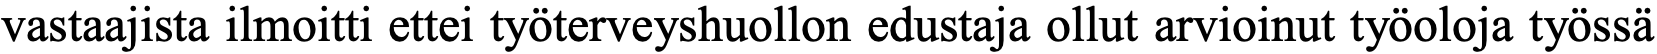
vastaajista ilmoitti ettei työterveyshuollon edustaja ollut arvioinut työoloja työssä